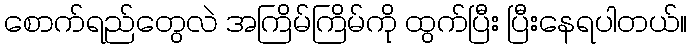
စောက်ရည်တွေလဲ အကြိမ်ကြိမ်ကို ထွက်ပြီး ပြီးနေရပါတယ်။